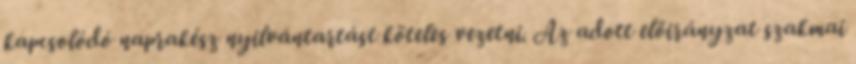
kapcsolódó naprakész nyilvántartást köteles vezetni. Az adott előirányzat szakmai